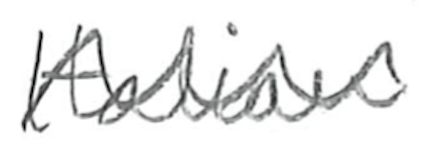
Text: Italian
Cross-out: wave
Writing tool: pencil